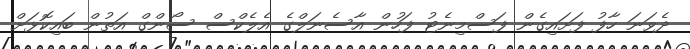
ދެވަނަ ހާފު ފަށައިގެން ފަސްމިނެޓު ފަހުން އާސެނަލްގެ އެލެކްސް ސޯންގް އަތުން ބައިކޮޅަށް